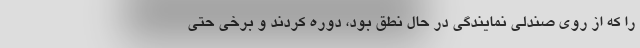
را که از روی صندلی نمایندگی در حال نطق بود، دوره کردند و برخی حتی